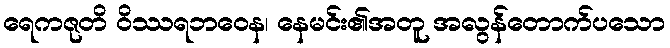
ရေကဇုတိ ဝိဿရဘဝေန၊ နေမင်း၏အတူ အလွန်တောက်ပသော